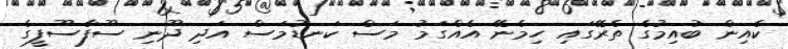
ކެއިން ބުއިމުގެ ތެރޭގައި ހިމެނޭ އެއްގަމު މަސް ކަނޑުމަސް އަދި ދޫނި ސޫފާސޫފީގެ